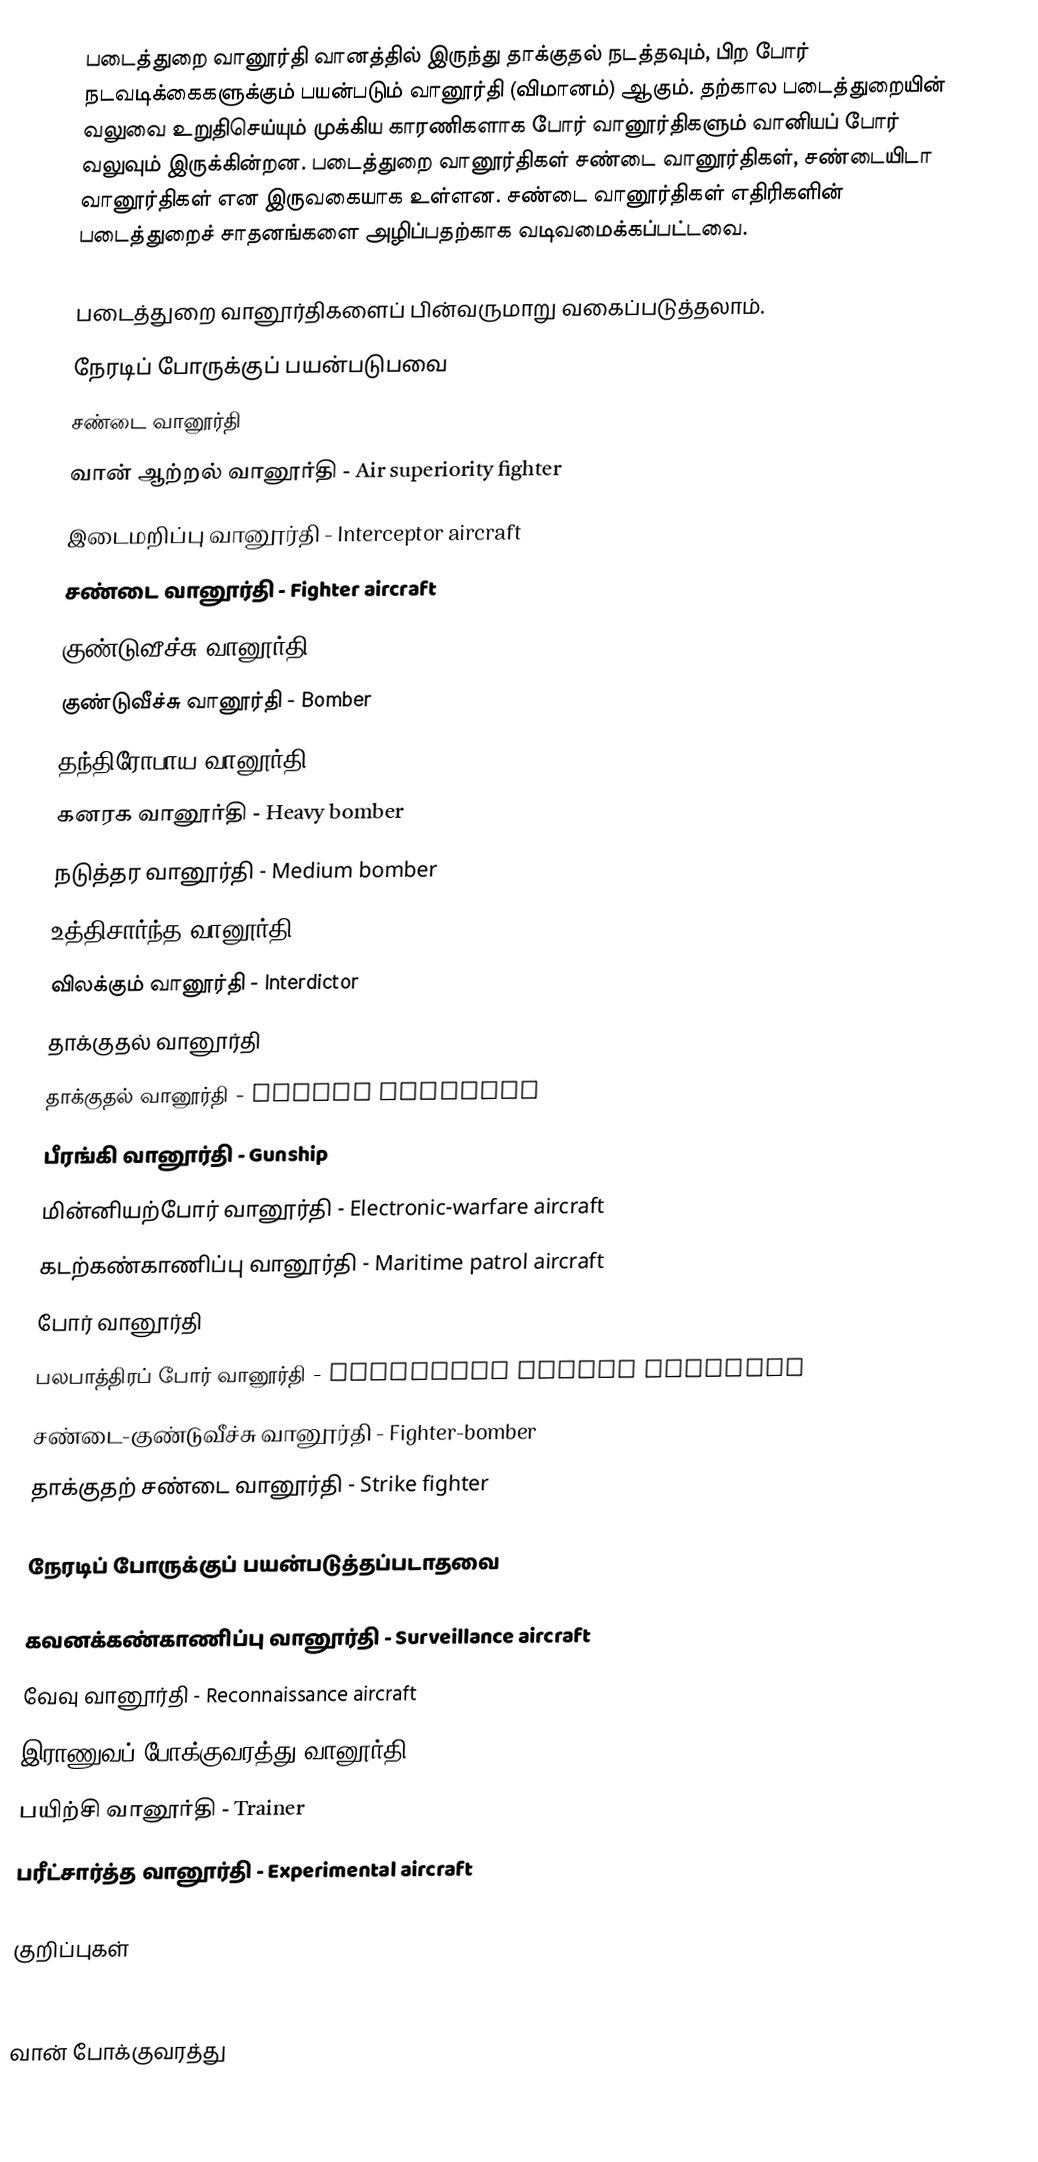
படைத்துறை வானூர்தி வானத்தில் இருந்து தாக்குதல் நடத்தவும், பிற போர் நடவடிக்கைகளுக்கும் பயன்படும் வானூர்தி (விமானம்) ஆகும். தற்கால படைத்துறையின் வலுவை உறுதிசெய்யும் முக்கிய காரணிகளாக போர் வானூர்திகளும் வானியப் போர் வலுவும் இருக்கின்றன. படைத்துறை வானூர்திகள் சண்டை வானூர்திகள், சண்டையிடா வானூர்திகள் என இருவகையாக உள்ளன. சண்டை வானூர்திகள் எதிரிகளின் படைத்துறைச் சாதனங்களை அழிப்பதற்காக வடிவமைக்கப்பட்டவை.

படைத்துறை வானூர்திகளைப் பின்வருமாறு வகைப்படுத்தலாம்.
நேரடிப் போருக்குப் பயன்படுபவை
 சண்டை வானூர்தி
 வான் ஆற்றல் வானூர்தி - Air superiority fighter
 இடைமறிப்பு வானூர்தி - Interceptor aircraft
 சண்டை வானூர்தி - Fighter aircraft
 குண்டுவீச்சு வானூர்தி
 குண்டுவீச்சு வானூர்தி - Bomber
 தந்திரோபாய வானூர்தி - Strategic bomber
 கனரக வானூர்தி - Heavy bomber
 நடுத்தர வானூர்தி - Medium bomber
 உத்திசார்ந்த வானூர்தி - Tactical bomber
 விலக்கும் வானூர்தி - Interdictor
 தாக்குதல் வானூர்தி
 தாக்குதல் வானூர்தி - attack aircraft
 பீரங்கி வானூர்தி - Gunship
 மின்னியற்போர் வானூர்தி - Electronic-warfare aircraft
 கடற்கண்காணிப்பு வானூர்தி - Maritime patrol aircraft
 போர் வானூர்தி
 பலபாத்திரப் போர் வானூர்தி - Multirole combat aircraft
 சண்டை-குண்டுவீச்சு வானூர்தி - Fighter-bomber
 தாக்குதற் சண்டை வானூர்தி - Strike fighter

நேரடிப் போருக்குப் பயன்படுத்தப்படாதவை

 கவனக்கண்காணிப்பு வானூர்தி - Surveillance aircraft
 வேவு வானூர்தி - Reconnaissance aircraft
 இராணுவப் போக்குவரத்து வானூர்தி - Military transport aircraft
 பயிற்சி வானூர்தி - Trainer
 பரீட்சார்த்த வானூர்தி - Experimental aircraft

குறிப்புகள்

|*
வான் போக்குவரத்து